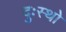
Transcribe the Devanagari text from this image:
दुःस्थो